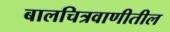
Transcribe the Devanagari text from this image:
बालचित्रवाणीतील